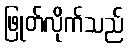
ဖြုတ်လိုက်သည်